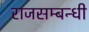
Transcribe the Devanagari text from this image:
राजसम्बन्धी